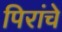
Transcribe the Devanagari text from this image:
पिरांचे